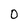
Character: 0